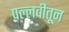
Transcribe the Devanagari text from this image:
पल्लवीतून